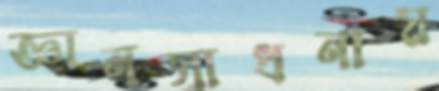
জ্ঞানসাধনায়